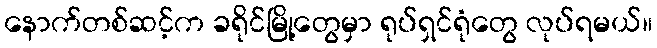
နောက်တစ်ဆင့်က ခရိုင်မြို့တွေမှာ ရုပ်ရှင်ရုံတွေ လုပ်ရမယ်။